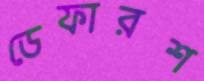
ডেফারশ